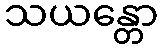
သယန္တော